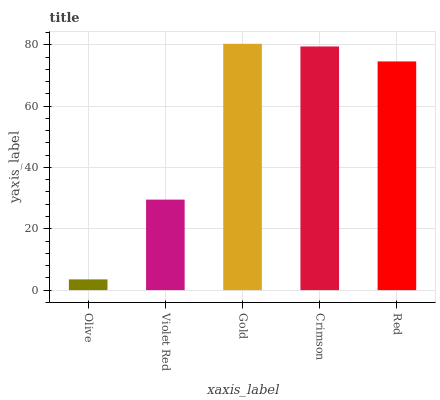
| xaxis_label | bars |
 | --- | --- |
 | Olive | 3.49 |
 | Violet Red | 29.5 |
 | Gold | 80.3 |
 | Crimson | 79.4 |
 | Red | 74.6 |